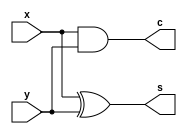
`timescale 1ns / 1ps
//////////////////////////////////////////////////////////////////////////////////
// Company: 
// Engineer: 
// 
// Design Name: 
// Module Name: hadder
// Project Name: 
// Target Devices: 
// Tool Versions: 
// Description: 
// 
// Dependencies: 
// 
// Revision:
// Revision 0.01 - File Created
// Additional Comments:
// 
//////////////////////////////////////////////////////////////////////////////////


module hadder(x, y, s, c);
    input x, y;
    output s, c;
    
    assign s = x ^ y;
    assign c = x & y;
endmodule